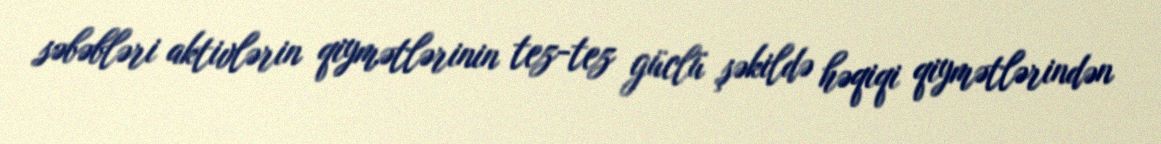
səbəbləri aktivlərin qiymətlərinin tez-tez güclü şəkildə həqiqi qiymətlərindən